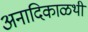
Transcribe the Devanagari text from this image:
अनादिकाळथी